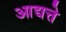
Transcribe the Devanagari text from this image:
आद्यत्ते